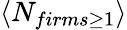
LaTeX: \left<N_{firms\geq 1}\right>